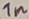
Text: 1n